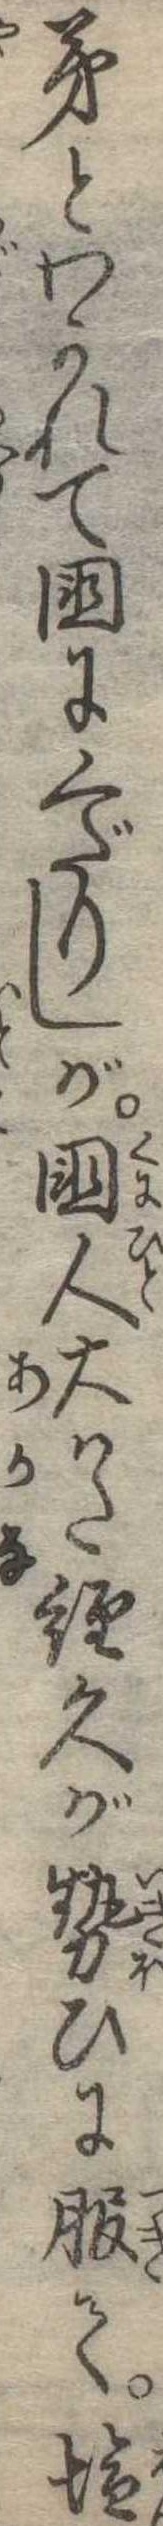
弟とわかれて国にくだりしが国人大かた経久が勢ひに服て塩